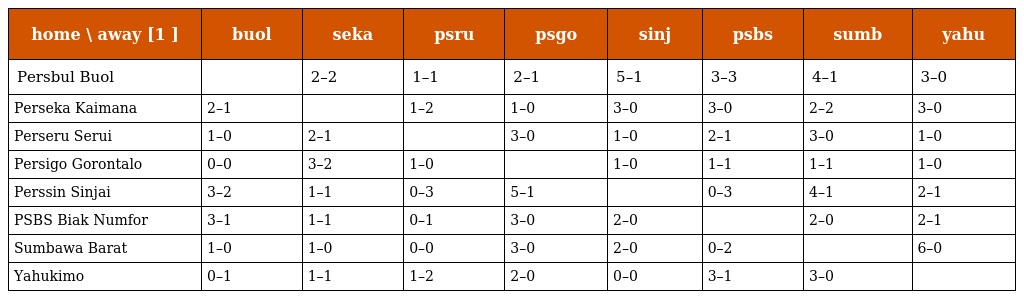
| home \ away [1 ] | buol | seka | psru | psgo | sinj | psbs | sumb | yahu |
 | --- | --- | --- | --- | --- | --- | --- | --- | --- |
 | Persbul Buol |  | 2–2 | 1–1 | 2–1 | 5–1 | 3–3 | 4–1 | 3–0 |
 | Perseka Kaimana | 2–1 |  | 1–2 | 1–0 | 3–0 | 3–0 | 2–2 | 3–0 |
 | Perseru Serui | 1–0 | 2–1 |  | 3–0 | 1–0 | 2–1 | 3–0 | 1–0 |
 | Persigo Gorontalo | 0–0 | 3–2 | 1–0 |  | 1–0 | 1–1 | 1–1 | 1–0 |
 | Perssin Sinjai | 3–2 | 1–1 | 0–3 | 5–1 |  | 0–3 | 4–1 | 2–1 |
 | PSBS Biak Numfor | 3–1 | 1–1 | 0–1 | 3–0 | 2–0 |  | 2–0 | 2–1 |
 | Sumbawa Barat | 1–0 | 1–0 | 0–0 | 3–0 | 2–0 | 0–2 |  | 6–0 |
 | Yahukimo | 0–1 | 1–1 | 1–2 | 2–0 | 0–0 | 3–1 | 3–0 |  |